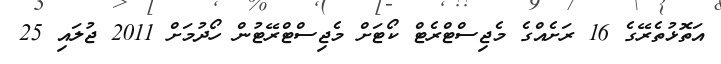
އަތޮޅުތެރޭގެ 16 ރަށެއްގެ މެޖިސްޓްރެޓް ކޯޓަށް މެޖިސްޓްރޭޓުން ހޯދުމަށް 2011 ޖުލައި 25